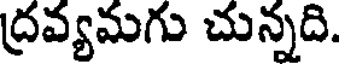
ద్రవ్యమగు చున్నది.